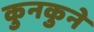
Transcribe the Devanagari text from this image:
कुनकुने